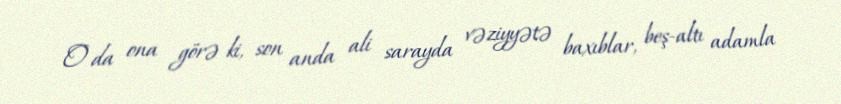
O da ona görə ki, son anda ali sarayda vəziyyətə baxıblar, beş-altı adamla